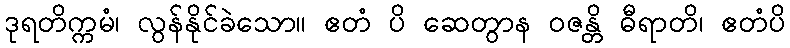
ဒုရတိက္ကမံ၊ လွန်နိုင်ခဲသော။ ဧတံ ပိ ဆေတွာန ဝဇန္တိ ဓီရာတိ၊ ဧတံပိ